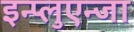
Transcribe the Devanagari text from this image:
इन्प्लुएन्जा